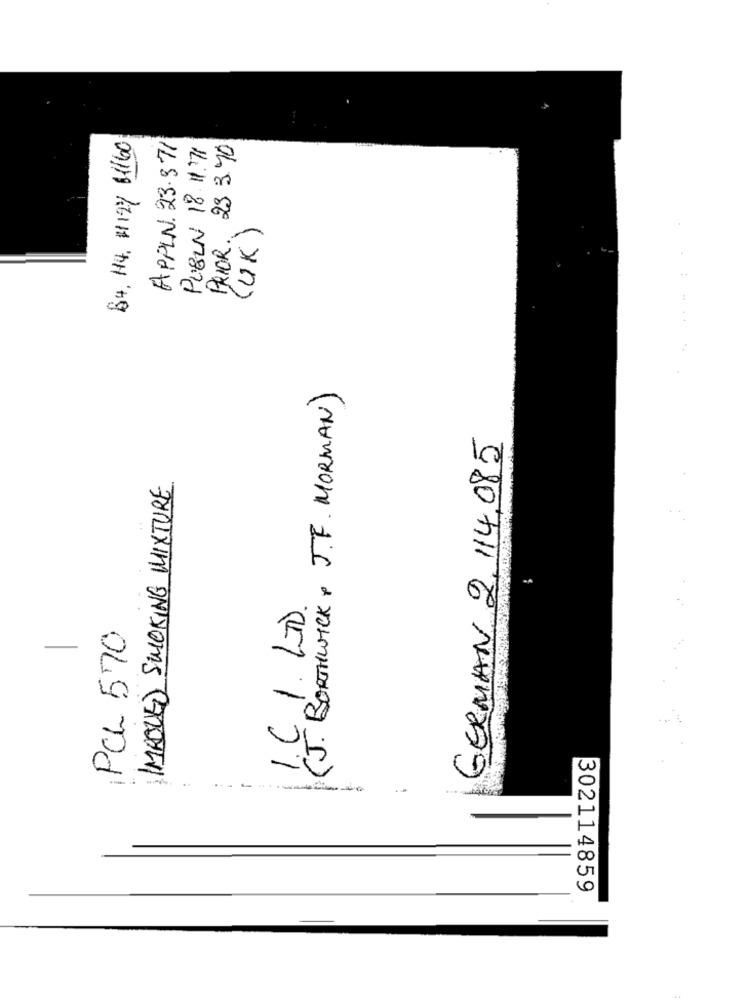
64, 14, #124 81160
APPLN. 23.371
PUBLN 18.1.71
PRIOR. 23 3.70
(UK)
( J. BORTHWICK , J.F. MORMAN)
GERMAN 2, 114,085
IMAQUED SMOKING MIXTURE
1. C. I. LTD.
PCL 570
-
---------
302114859